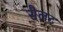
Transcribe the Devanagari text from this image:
सैलट